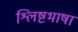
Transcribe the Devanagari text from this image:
श्लिष्टभाषा